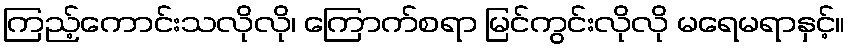
ကြည့်ကောင်းသလိုလို၊ ကြောက်စရာ မြင်ကွင်းလိုလို မရေမရာနှင့်။